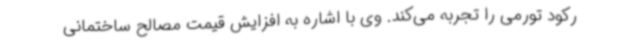
رکود تورمی را تجربه می‌کند. وی با اشاره به افزایش قیمت مصالح ساختمانی